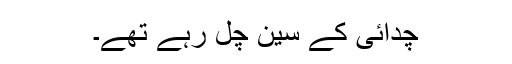
چدائی کے سین چل رہے تھے۔